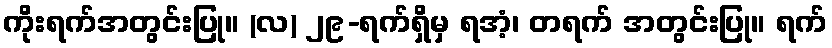
ကိုးရက်အတွင်းပြု။ (လ) ၂၉-ရက်ရှိမှ ရအံ့၊ တရက် အတွင်းပြု။ ရက်